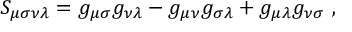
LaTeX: S _ { \mu \sigma \nu \lambda } = g _ { \mu \sigma } g _ { \nu \lambda } - g _ { \mu \nu } g _ { \sigma \lambda } + g _ { \mu \lambda } g _ { \nu \sigma } ~ ,